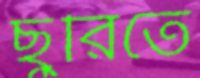
ছুরিতে